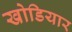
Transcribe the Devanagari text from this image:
खोडियार